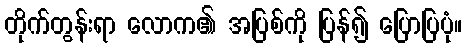
တိုက်တွန်းရာ လောက၏ အပြစ်ကို ပြန်၍ ပြောပြပုံ။